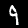
Label: 9